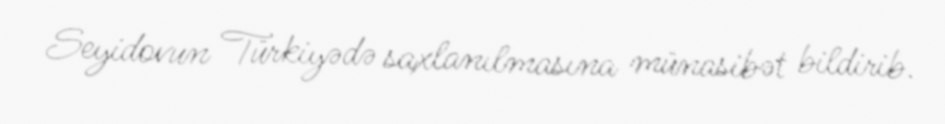
Seyidovun Türkiyədə saxlanılmasına münasibət bildirib.